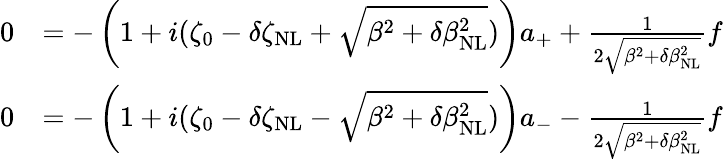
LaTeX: \begin{array}{rl}{0}&{=-\left(1+i(\zeta_{0}-\delta\zeta_{\mathrm{NL}}+\sqrt{\beta^{2}+\delta\beta_{\mathrm{NL}}^{2}})\right)a_{+}+\frac{1}{2\sqrt{\beta^{2}+\delta\beta_{\mathrm{NL}}^{2}}}f}\\ {0}&{=-\left(1+i(\zeta_{0}-\delta\zeta_{\mathrm{NL}}-\sqrt{\beta^{2}+\delta\beta_{\mathrm{NL}}^{2}})\right)a_{-}-\frac{1}{2\sqrt{\beta^{2}+\delta\beta_{\mathrm{NL}}^{2}}}f}\end{array}